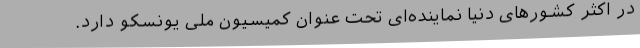
در اکثر کشورهای دنیا نماینده‌ای تحت عنوان کمیسیون ملی یونسکو دارد.